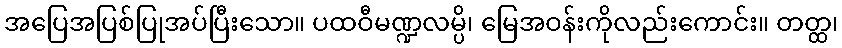
အပြေအပြစ်ပြုအပ်ပြီးသော။ ပထဝီမဏ္ဍလမ္ပိ၊ မြေအဝန်းကိုလည်းကောင်း။ တတ္ထ၊